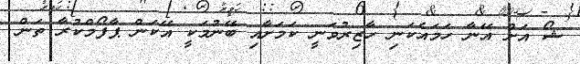
ޝޯ އަށް އޭނާ ހަމައެކަނި ހާޒިރުވަނީ ކަމަށާއި ބޭނުމަކީ އޭކަން ޕާފޯމްކުރާ ތަން